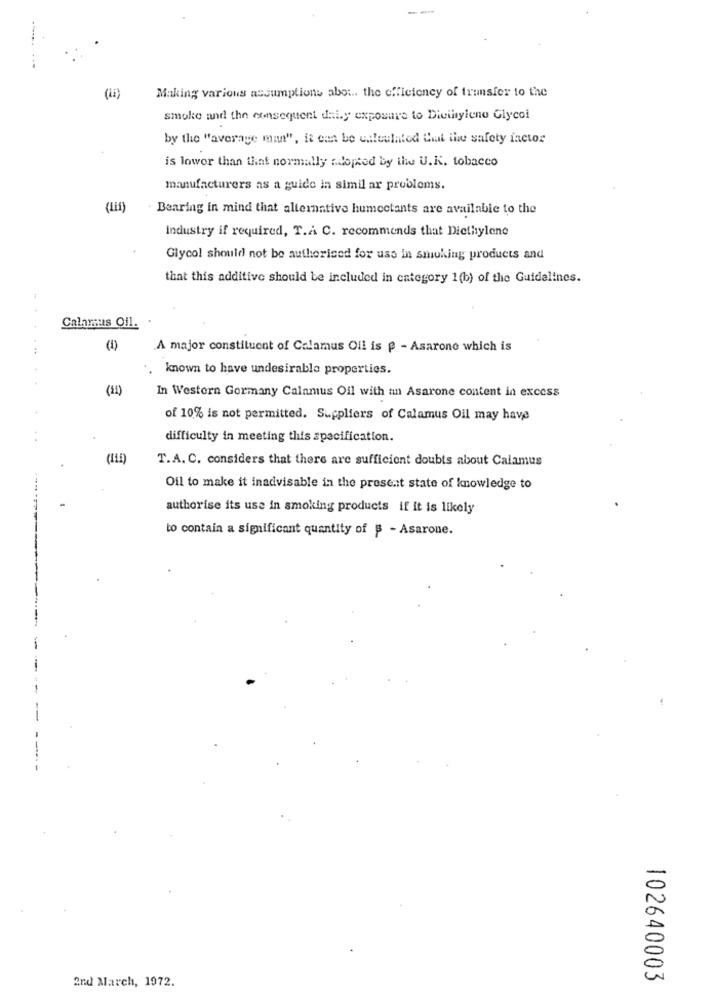
(ii)
Making various assumptions abot .. the efficiency of transfer to the
smoke and the consequent daly exposure to Dieilylene Glycol
by the "average man", it can be ualeulated that the safety factor
is lower than that normally adopted by the U.K. tobacco
manufacturers as a guide in simil ar problems.
Bearing in mind that alternative humectants are available to the
industry if required, T.A C. recommends that Diethylene
Glycol should not be authorised for use in smoking products and
that this additive should be included in category 1(b) of the Guidelines.
1
Calamus Oil ..
(1)
A major constituent of Calamus Oil is p - Asarone which is
, known to have undesirable properties.
(21)
In Western Gormany Calamus Oil with an Asarone content in excess
of 10% is not permitted. Suppliers of Calamus Oil may have
..
difficulty in meeting this specification.
(115)
T.A. C. considers that there are sufficient doubts about Calamus
Oil to make it inadvisable in the prosent state of knowledge to
authorise its use in smoking products if it is likely
to contain a significant quantity of B - Asarone.
102640003
2nd March, 1972.